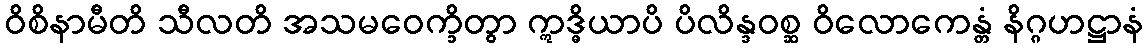
ဝိစိနာမီတိ သီလတိ အသမဝေက္ခိတွာ ဣဒ္ဓိယာပိ ပိလိန္ဒဝစ္ဆ ဝိလောကေန္တံ နိဂ္ဂဟဋ္ဌာနံ